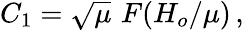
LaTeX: C_{1}=\sqrt{\mu}\, \, F\! \left({H_{o}/\mu}\right)\, ,